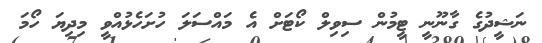
ނަޝީދުގެ ގާނޫނީ ޓީމުން ސިވިލް ކޯޓަށް އެ މައްސަލަ ހުށަހެޅުއްވީ މިދިޔަ ހޯމަ